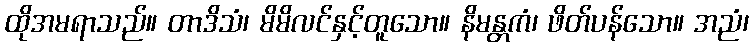
ထိုအမရာသည်။ တာဒိသံ၊ မိမိလင်နှင့်တူသော။ နိမန္တကံ၊ ဖိတ်ပန်သော။ အညံ၊